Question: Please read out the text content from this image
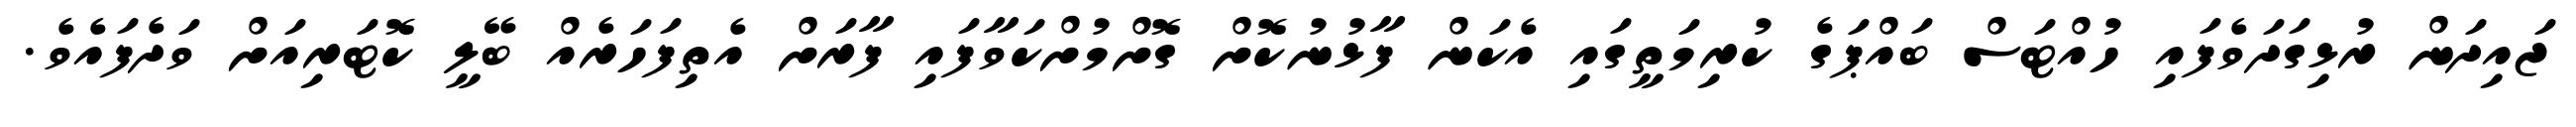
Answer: ޖައިދަން ރުޅިގަދަވެފައި ހުއްޓަސް ބައްޕަގެ ކުރިމަތީގައި އެކަން ފާޅުނުކޮށް ގޮށްމުށްކަވާފައި ފާރަށް އެތިފަހަރެއް ބޭލީ ކޮޓަރިއަށް ވަދެފައެވެ.